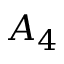
A _ { 4 }